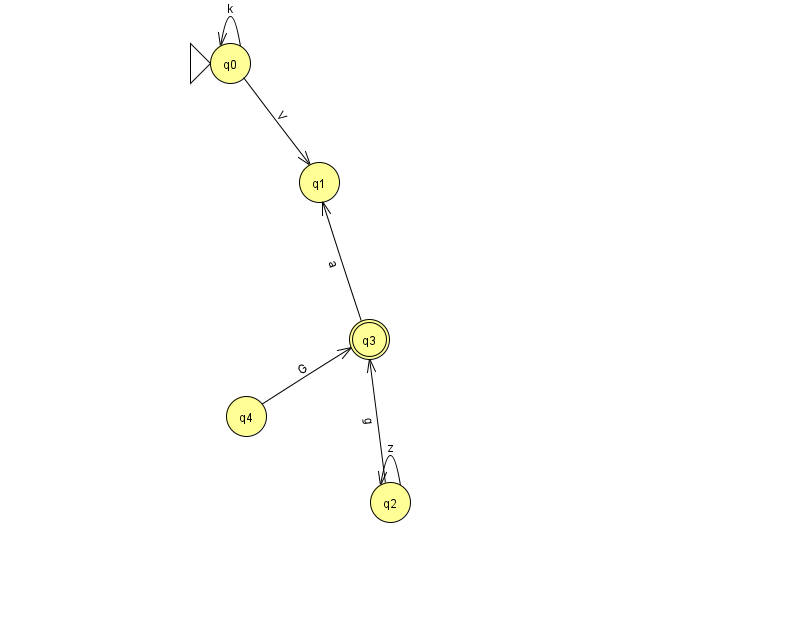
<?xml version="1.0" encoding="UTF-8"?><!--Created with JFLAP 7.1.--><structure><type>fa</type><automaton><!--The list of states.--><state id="0" name="q0"><x>230.0</x><y>50.0</y><initial/></state><state id="1" name="q1"><x>319.0</x><y>169.0</y></state><state id="2" name="q2"><x>390.0</x><y>489.0</y></state><state id="3" name="q3"><x>369.0</x><y>326.0</y><final/></state><state id="4" name="q4"><x>246.0</x><y>403.0</y></state><!--The list of transitions.--><transition><from>4</from><to>3</to><read>G</read></transition><transition><from>2</from><to>2</to><read>z</read></transition><transition><from>0</from><to>0</to><read>k</read></transition><transition><from>2</from><to>3</to><read>g</read></transition><transition><from>3</from><to>1</to><read>a</read></transition><transition><from>0</from><to>1</to><read>V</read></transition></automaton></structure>